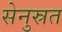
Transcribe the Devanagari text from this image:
सेनुस्रत